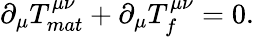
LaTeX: \partial_{\mu}T_{mat}^{\mu\nu}+\partial_{\mu}T_{f}^{\mu\nu}=0.